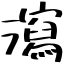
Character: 瀉